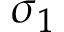
\sigma _ { 1 }